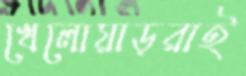
খেলোয়াড়রাই